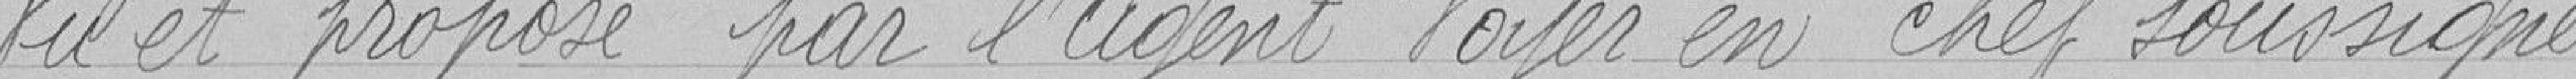
Vu et proposé par l'Agent Voyer en Chef soussigné